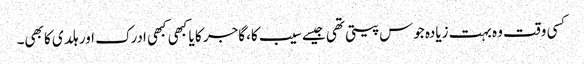
کسی وقت وہ بہت زیادہ جوس پیتی تھی جیسے سیب کا، گاجر کا یا کبھی کبھی ادرک اور ہلدی کا بھی۔